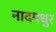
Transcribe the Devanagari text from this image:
नादमधुर